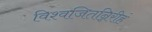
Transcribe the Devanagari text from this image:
विश्वजितन्निरीहं